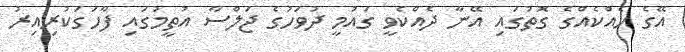
އޭގެ ހެއްކެއްގެ ގޮތުގައި އޭނާ ދެއްކެވީ ގައުމީ ދުވަހުގެ ޖަލްސާ އުތީމުގައި ފާހަގަކުރިއިރު